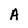
Character: A